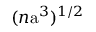
( n \mathrm { a } ^ { 3 } ) ^ { 1 / 2 }